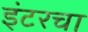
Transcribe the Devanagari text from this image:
इंटरचा